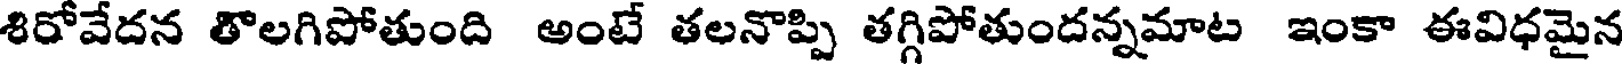
శిరోవేదన తొలగిపోతుంది అంటే తలనొప్పి తగ్గిపోతుందన్నమాట ఇంకా ఈవిధమైన